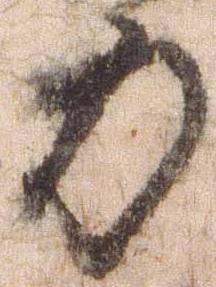
力